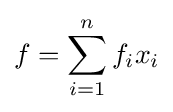
f=\sum _{i=1}^{n}f_{i}x_{i}